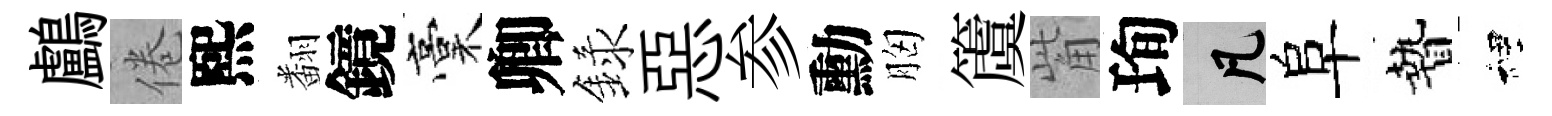
鸕倦熙翻鏡稾卿録惡参勳胸𥵂觜珣凡阜贄裡